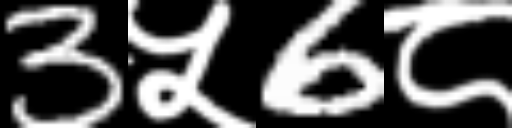
Text: 3५6८